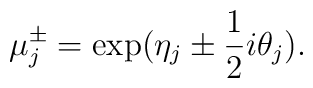
\mu\sp{\pm}_{j}=\exp(\eta_{j}\pm \frac{1}{2}i\theta_{j}).